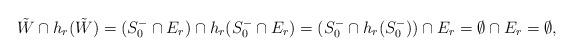
LaTeX: \begin{align*}\tilde W \cap h_r(\tilde W) =(S_0^- \cap E_r) \cap h_r(S_0^- \cap E_r)=(S_0^-\cap h_r(S_0^-))\cap E_r =\emptyset \cap E_r=\emptyset,\end{align*}